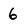
Character: 6